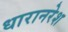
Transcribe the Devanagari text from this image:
धारानरेश